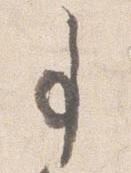
事